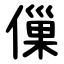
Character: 㑿